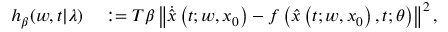
\begin{array} { r l } { h _ { \beta } ( w , t | \lambda ) } & { { } : = T \beta \left\Vert \dot { \hat { x } } \left( t ; w , x _ { 0 } \right) - f \left( \hat { x } \left( t ; w , x _ { 0 } \right) , t ; \theta \right) \right\Vert ^ { 2 } , } \end{array}